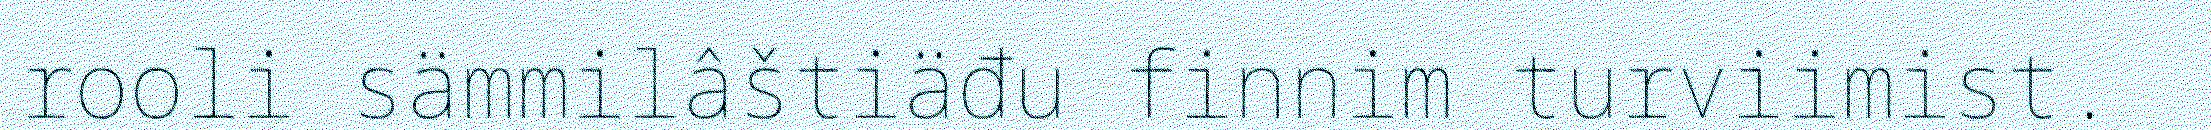
rooli sämmilâštiäđu finnim turviimist.